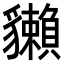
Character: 𧴡